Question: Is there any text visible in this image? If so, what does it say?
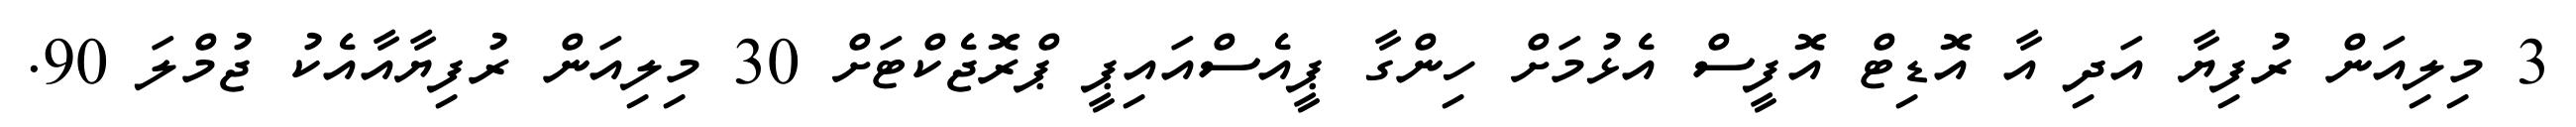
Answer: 3 މިލިއަން ރުފިޔާ އަދި އާ އޮޑިޓް އޮފީސް އެޅުމަށް ހިންގާ ޕީއެސްއައިޕީ ޕްރޮޖެކްޓަށް 30 މިލިއަން ރުފިޔާއާއެކު ޖުމްލަ 90.